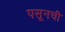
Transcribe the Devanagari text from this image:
पसूनची